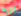
أتيلا